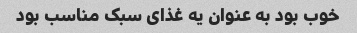
خوب بود به عنوان یه غذای سبک مناسب بود